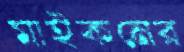
মাইকনের